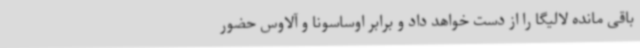
باقی مانده لالیگا را از دست خواهد داد و برابر اوساسونا و آلاوس حضور